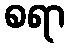
စရာ